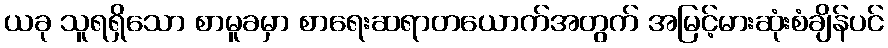
ယခု သူရရှိသော စာမူခမှာ စာရေးဆရာတယောက်အတွက် အမြင့်မားဆုံးစံချိန်ပင်